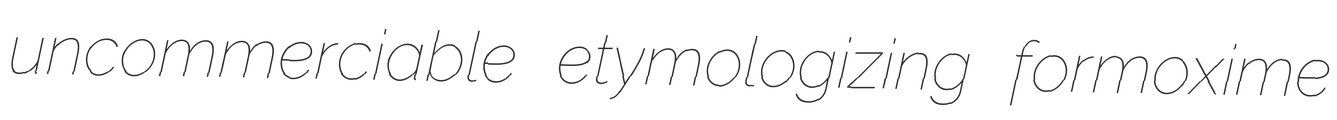
uncommerciable etymologizing formoxime